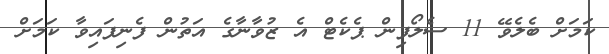
ކަމަށް ބެލެވޭ 11 ސެލޯފިން ޕެކެޓް އެ ޒުވާނާގެ އަތުން ފެނިފައިވާ ކަމަށް